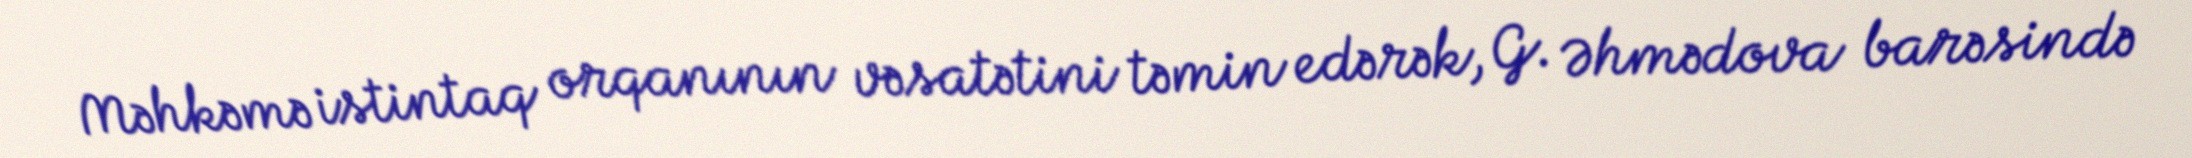
Məhkəmə istintaq orqanının vəsatətini təmin edərək, G. Əhmədova barəsində